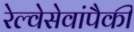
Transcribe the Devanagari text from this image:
रेल्वेसेवांपैकी